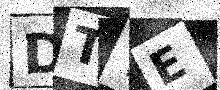
Text: DTTE